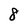
Character: 8